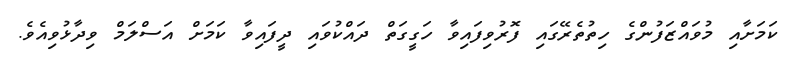
ކަމަށާއި މުވައްޒަފުންގެ ހިތުތެރޭގައި ފޮރުވިފައިވާ ހަގީގަތް ދައްކުވައި ދީފައިވާ ކަމަށް އަސްލަމް ވިދާޅުވިއެވެ.